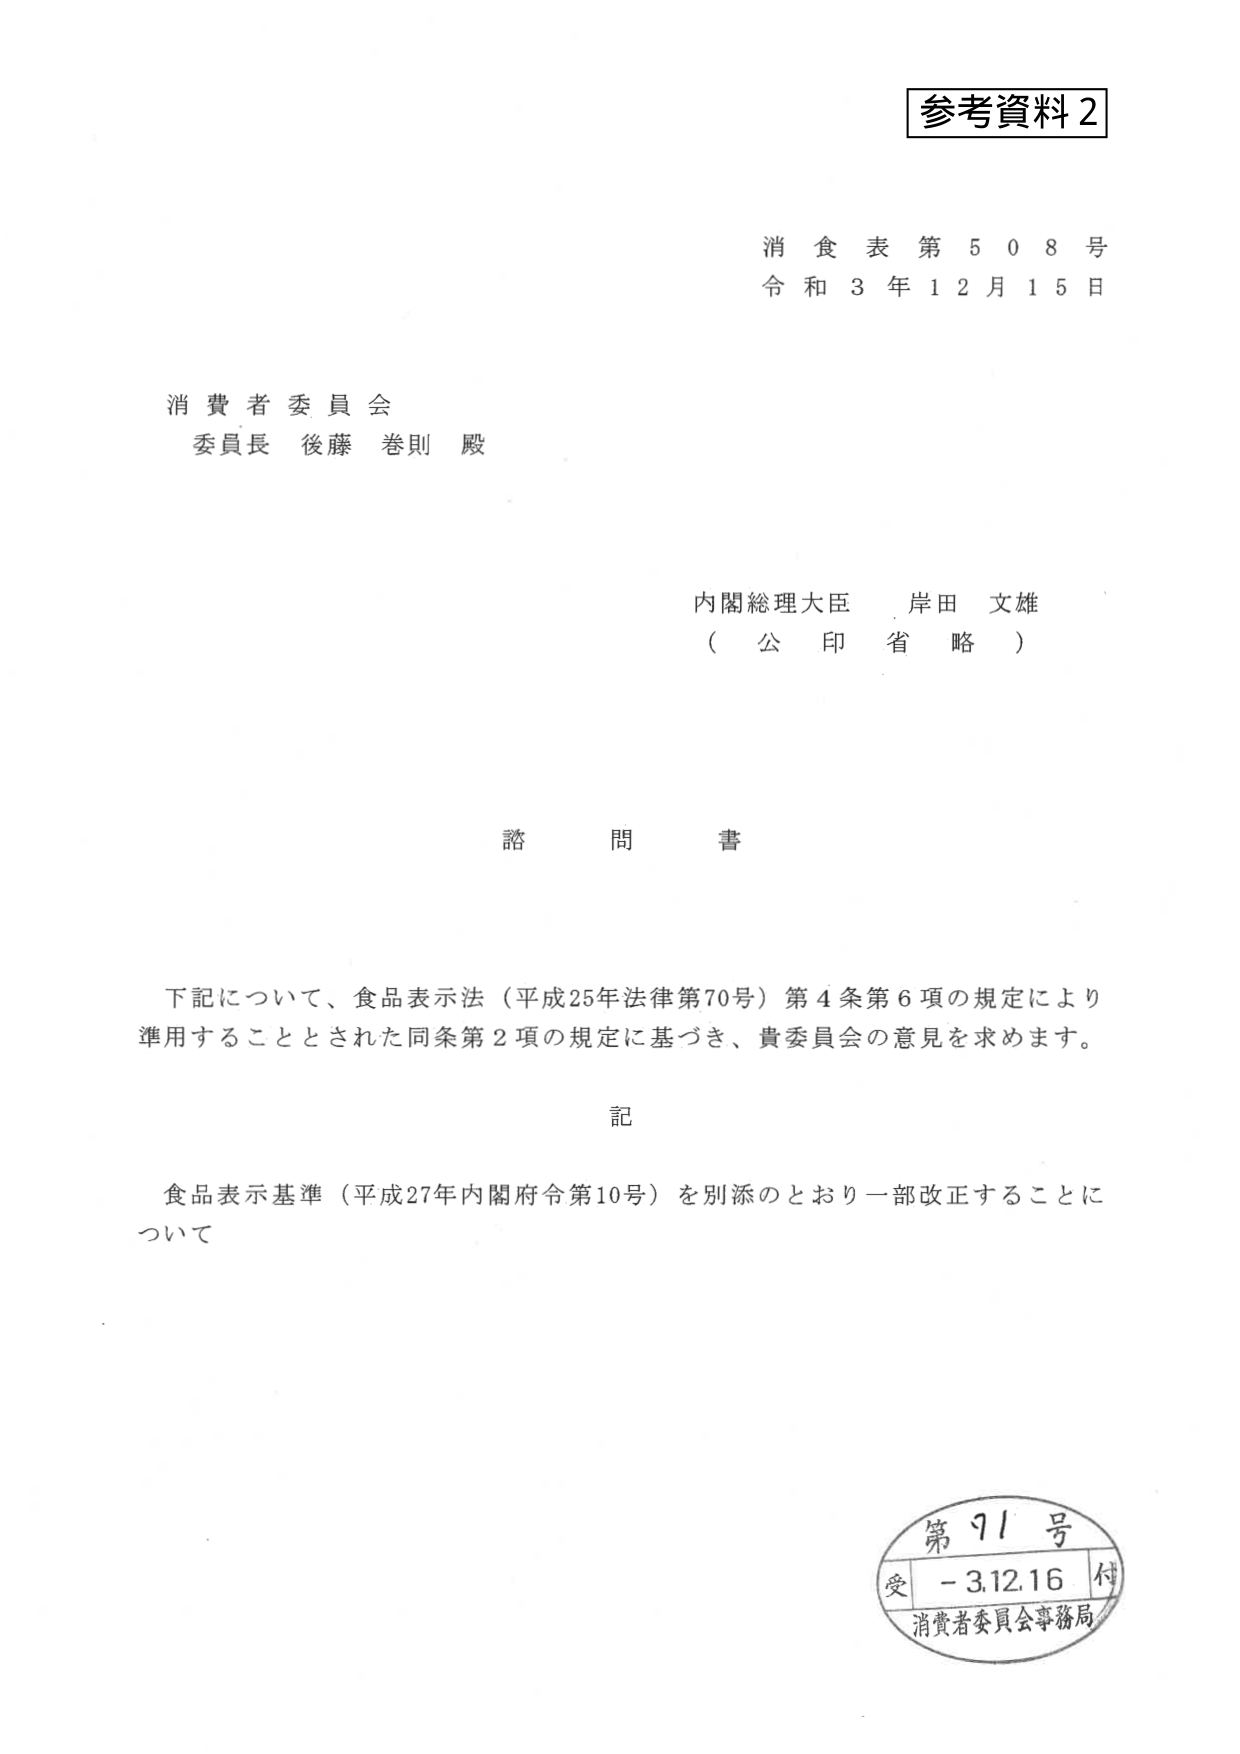
参考資料２

消 食 表 第 ５ ０ ８ 号
令 和 ３ 年 １ ２ 月 １ ５ 日

消費者委員会
委員長 後藤巻則 殿

内閣総理大臣 岸田文雄
（ 公 印 省 略 ）

諮 問 書

下記について、食品表示法（平成25年法律第70号）第4条第6項の規定により
準用することとされた同条第2項の規定に基づき、貴委員会の意見を求めます。

記

食品表示基準（平成27年内閣府令第10号）を別添のとおり一部改正することに
ついて

第 91 号
受 - 3.12.16 付
消費者委員会事務局